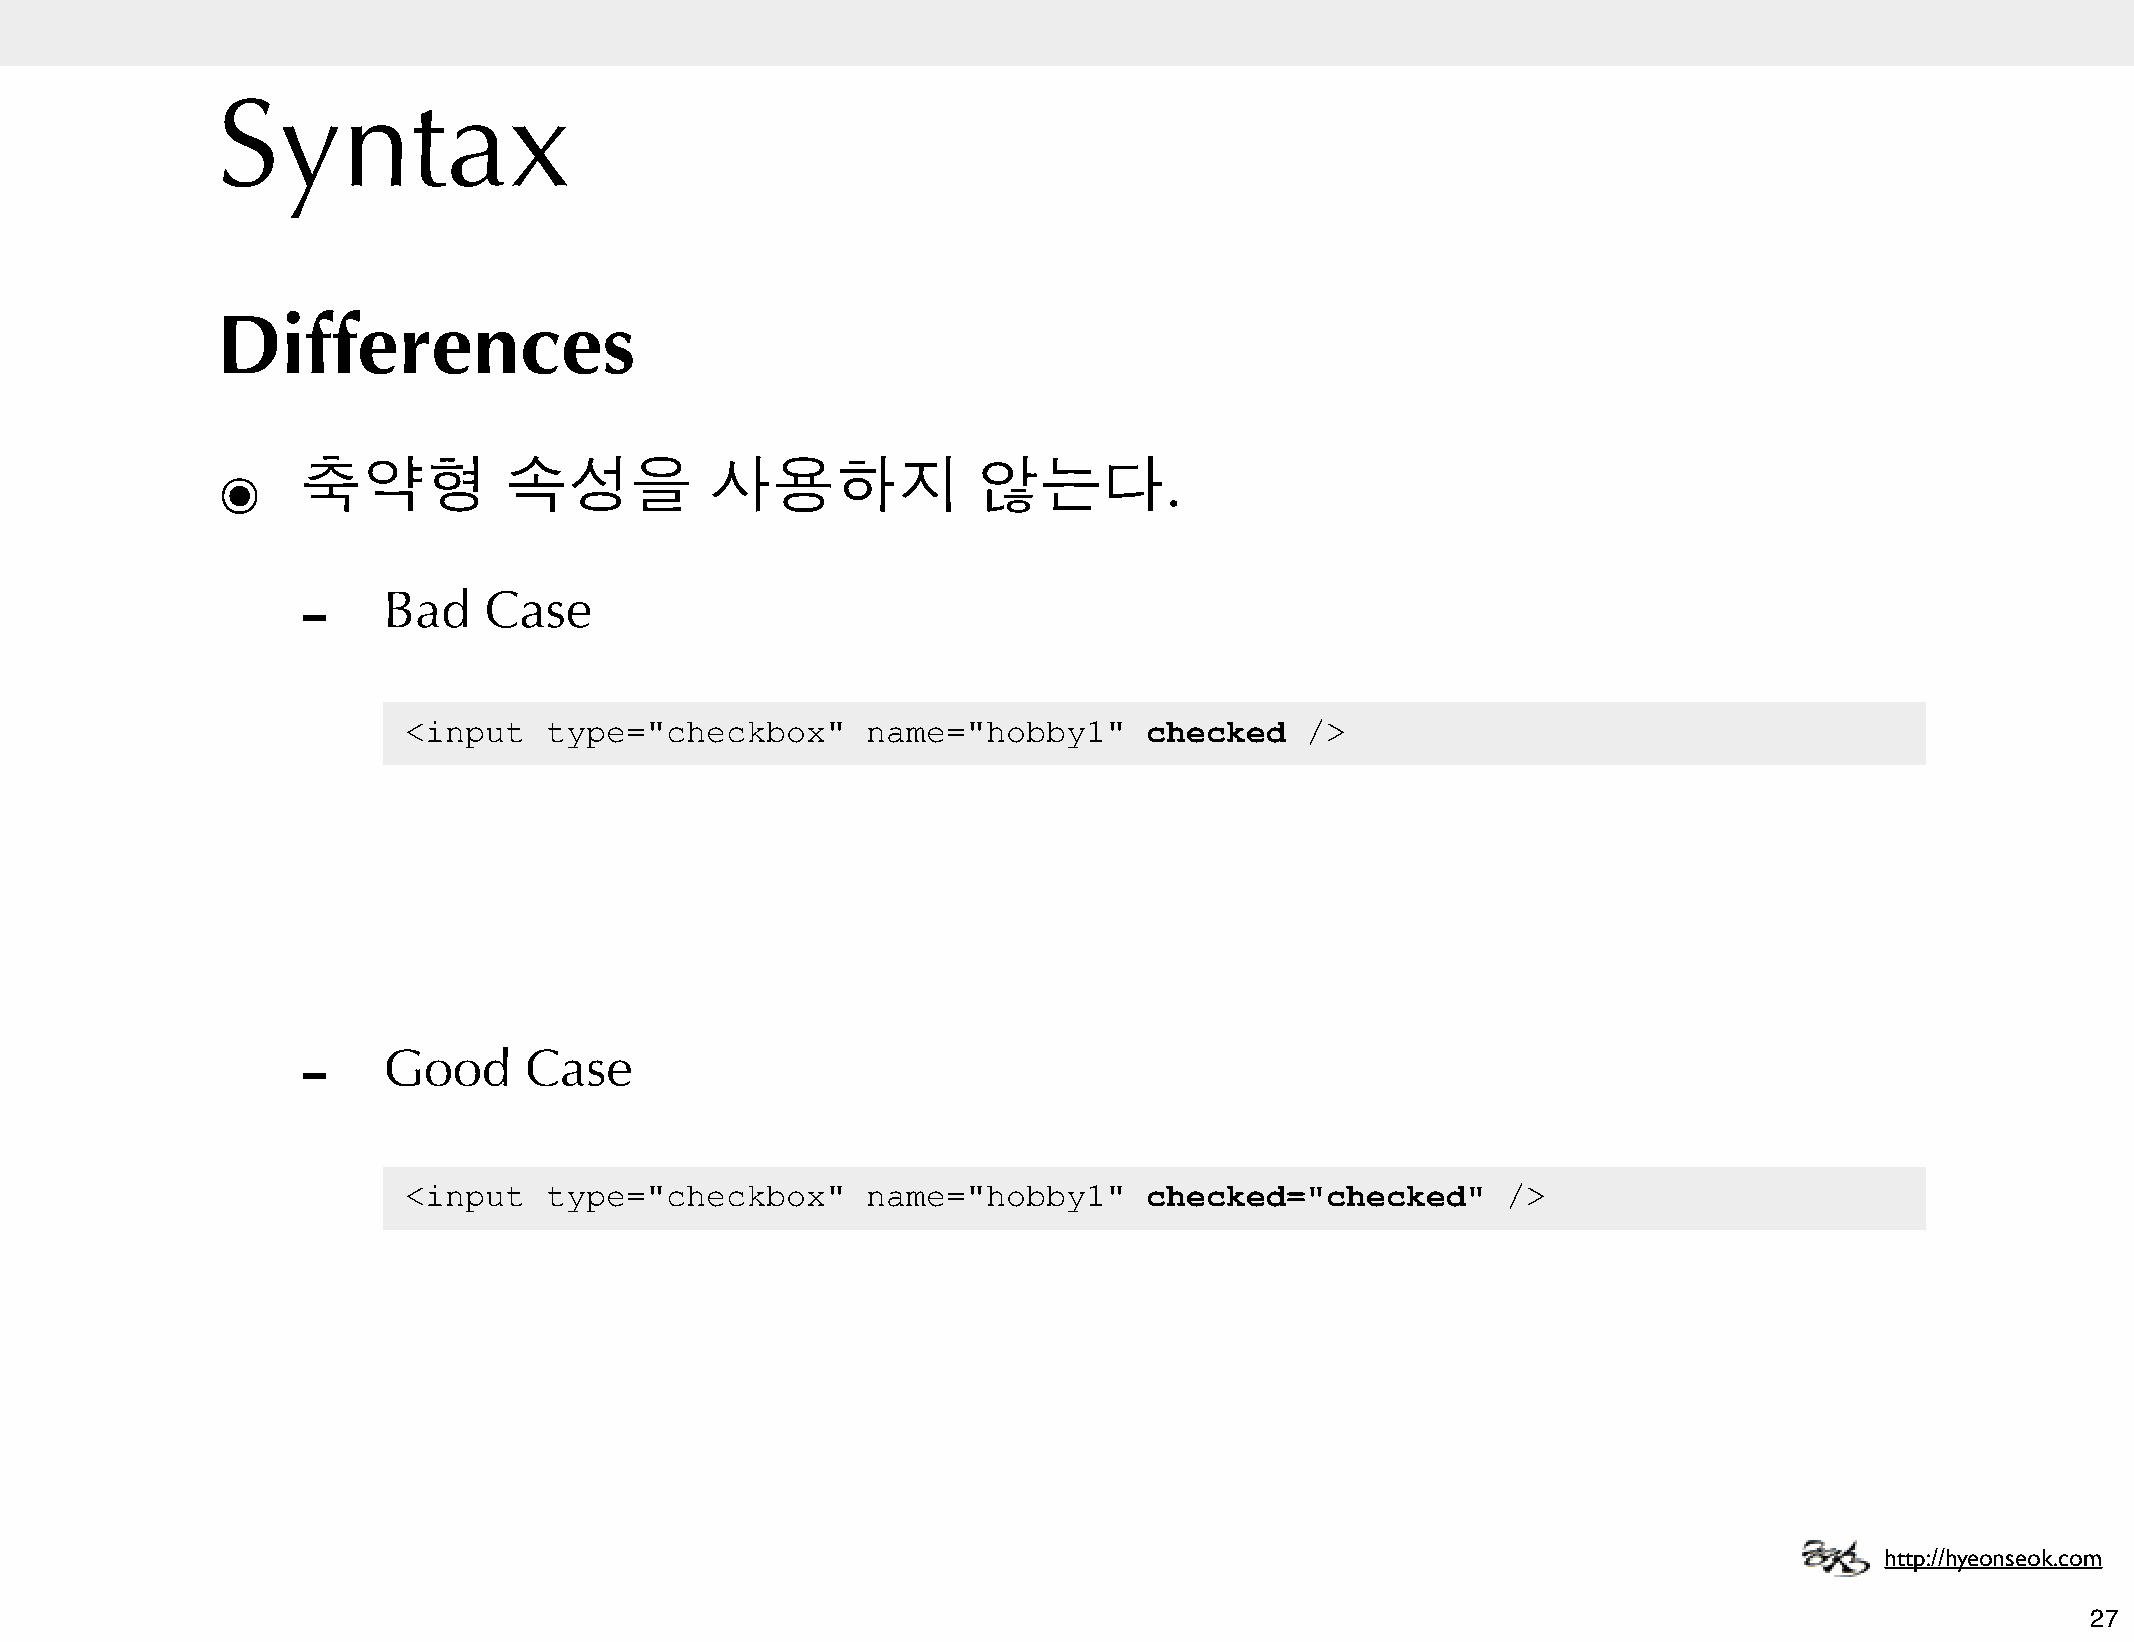
Syntax
 Differences
 ๏     축약형          속성을           사용하지              않는다.
 -
 Bad    Case
 <input   type="checkbox"      name="hobby1"      checked   />
 -
 Good      Case
 <input   type="checkbox"      name="hobby1"      checked="checked"       />
 http://hyeonseok.com
 27